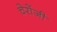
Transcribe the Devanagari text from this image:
चेरोंजी